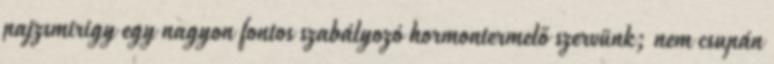
pajzsmirigy egy nagyon fontos szabályozó hormontermelő szervünk; nem csupán